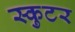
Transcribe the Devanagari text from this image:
स्कुटर